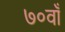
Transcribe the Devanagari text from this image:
७०वाँ